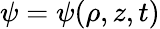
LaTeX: \psi=\psi(\rho,z,t)